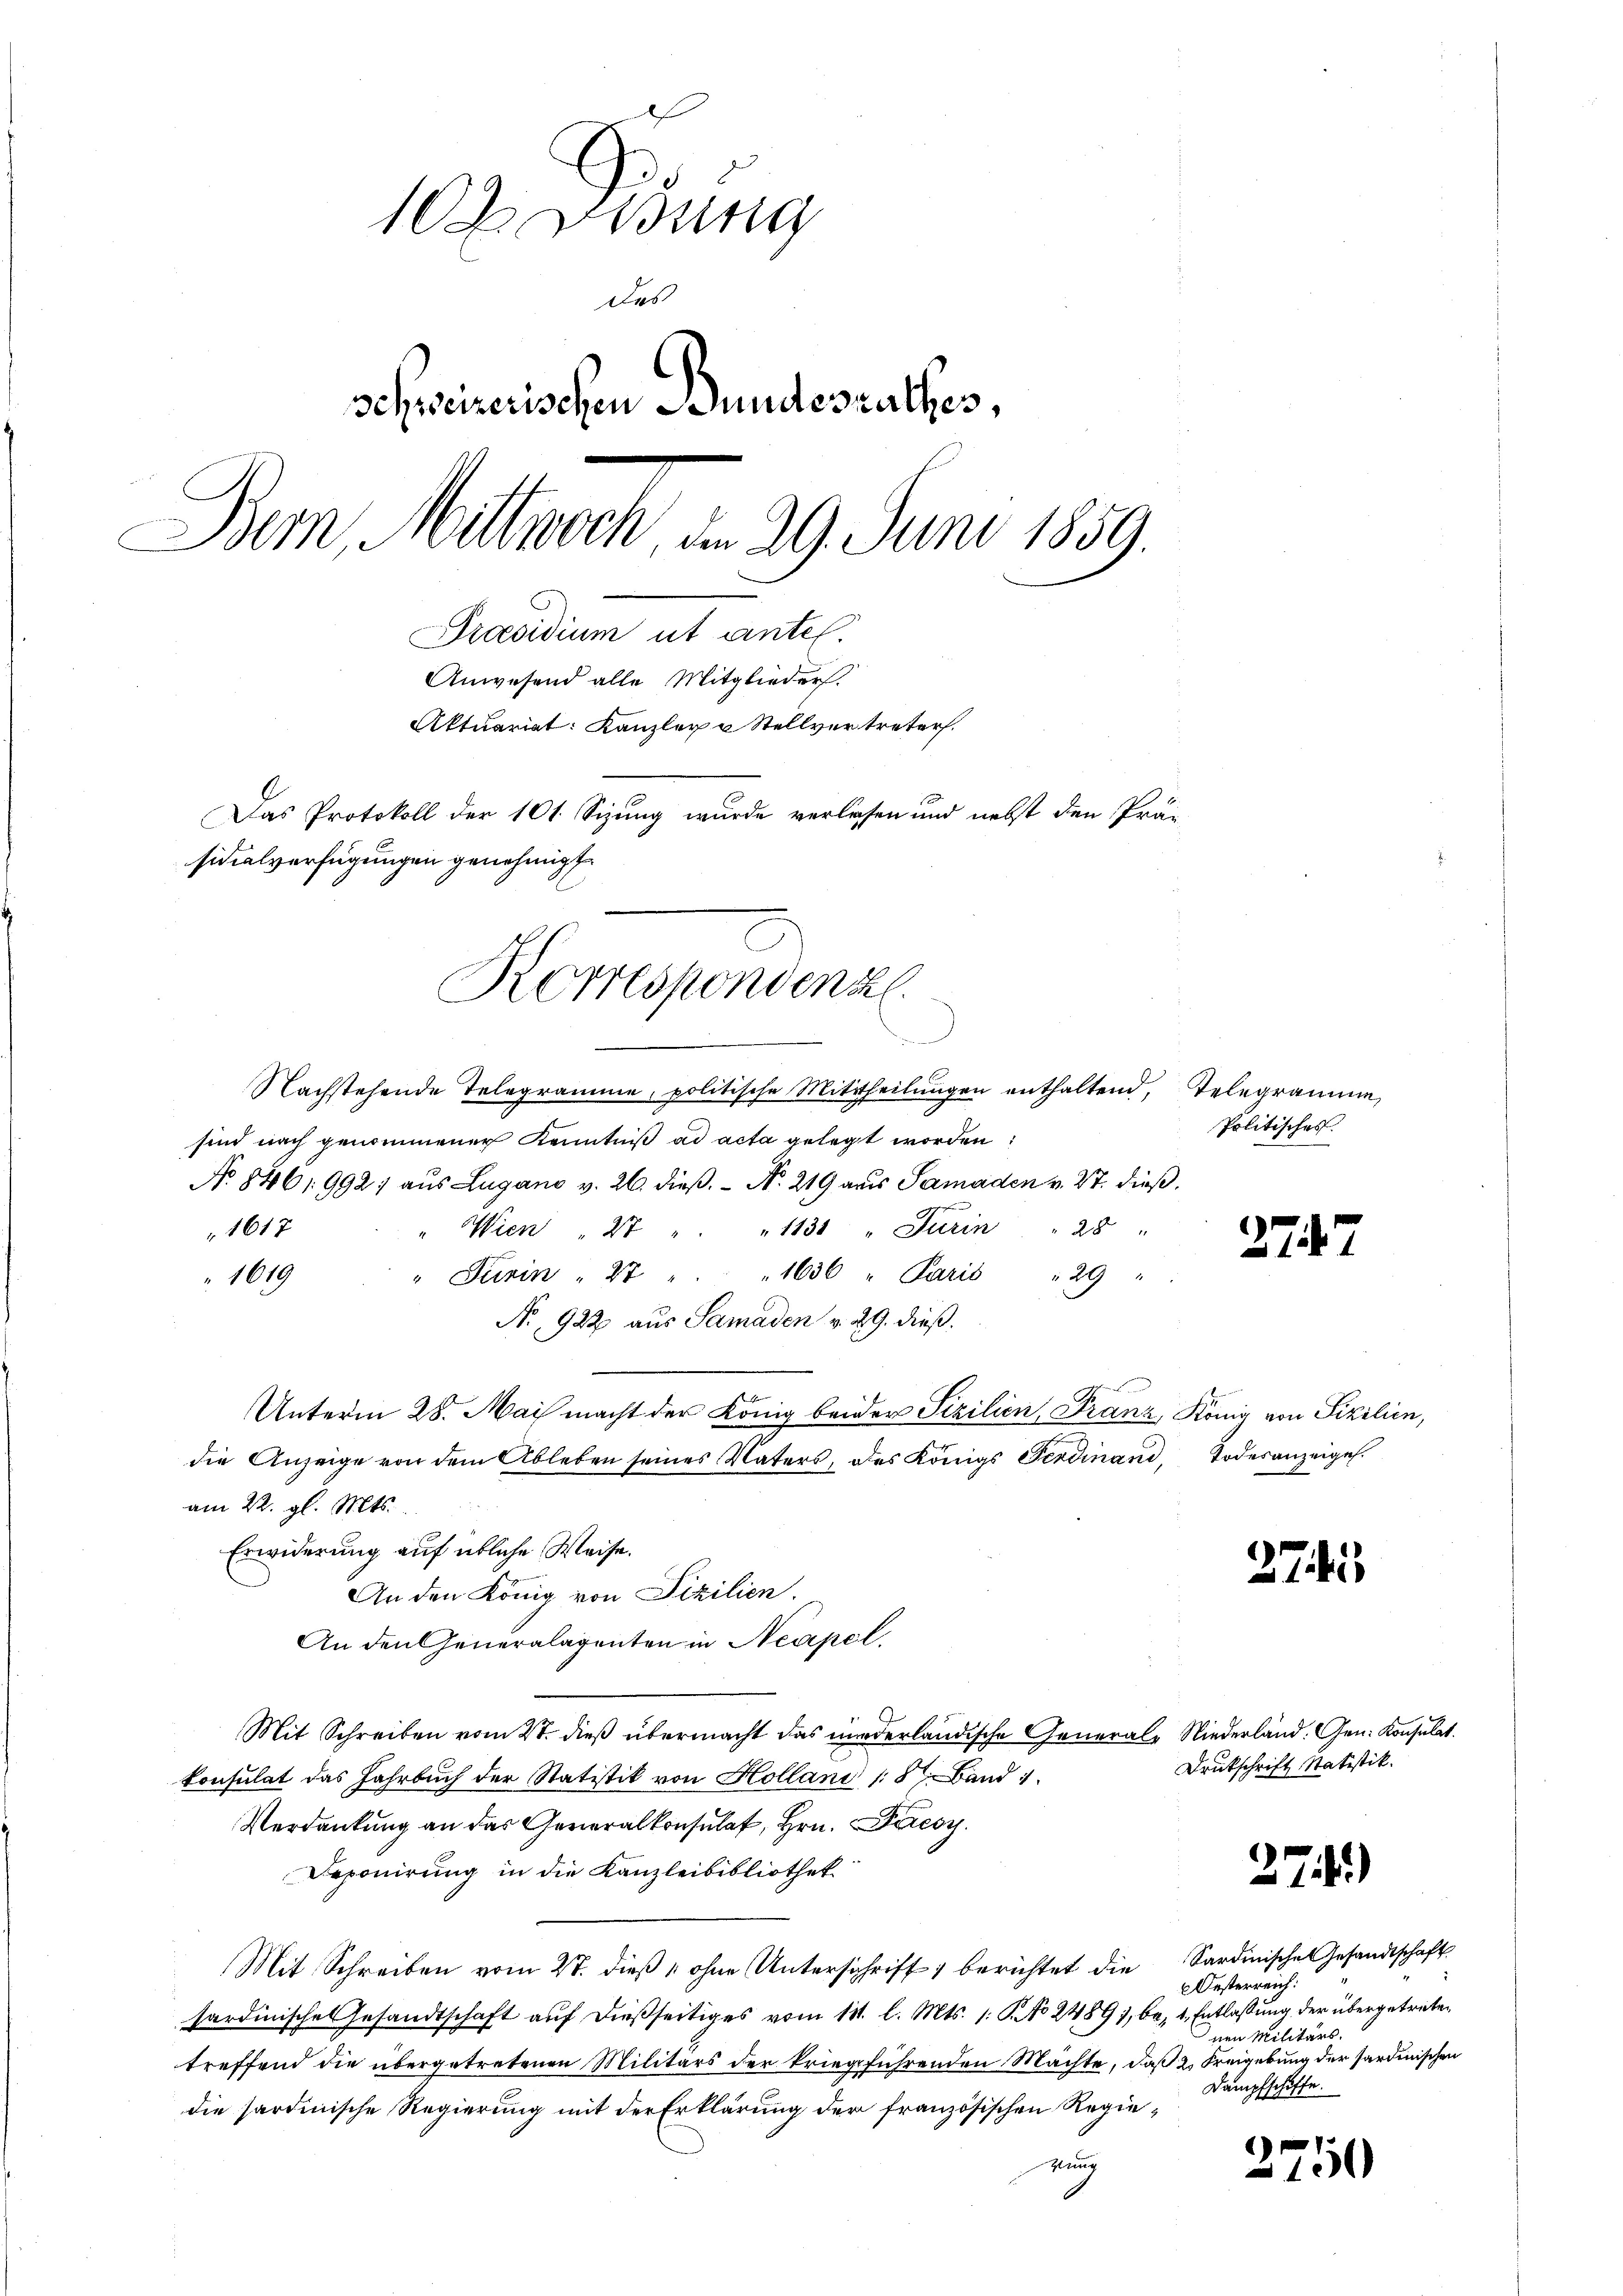
102. Disung
Das
schweizerischen Stundesrathes,
Dem Mittwoch d. 29. Juni 1859.
Präsidium ut antel.
Anwesend alle Mitglieders.
Aktuariat: Kanzler u Stellvertreter.
Das Protokoll der 101. Sizung wurde verlesen und nebst den Prä-
sidialverfügungen genehmigt.

Nachstehende Telegramme, politische Mittheilŭngen enthaltend, Telegramme,
sind nach genommener Kenntniß ad acta gelegt worden:
No 846, 9921 aus Lugano v. 26. dieβ.  N. 219 aus Samaden v. St. dieß.
1617
" Wien " 27 " " 1131 " Turin " 28 "
" Turin " 2 " " 1636 " Paris 129 "
1619
No 922 aus Samaden v. 29. dieß.
Unterm 28. Mai macht der König beider Sizilien, Franz, König von Sizilien,
die Anzeige von dem Ableben seines Vaters, des Königs Ferdinand, Todesanzeigel.
am 22. gl. Mts.
Erwiderung auf übliche Weise.
An den König von Fizilien.
An den Generalagenten in Neapel,
Mit Schreiben vom 2t. dieß übermacht das niederländische Generale Niederland. Gen. Konsulat
konsulat das Jahrbuch der Statistik von Hollani (8 Band 1
Verdankung an das Generalkonsulat, Hrn. Parcsy
Deponirung in die Kanzleibibliothek
Mit Schreiben vom 2t. dieß, ohne Unterschrift berichtet die Sardinische Gesandtschaft
sardinische Gesandtschaft auf dießseitiges vom 11. l. Mts. 1. 9. No 2489), ba, 1. Entlassung der übergetreten
treffend die übergetretenen Militärs der kriegführenden Machte, daß 2. Freigebung der Sardinischen
die sardinische Regierung mit der Erklärung der französischen Regienung

Korresponden z
u

Politisches.

2747

)

3

2741

Drukschrift Statistik.

174)

750

Oesterreich:
 Militärs.
Dampfschiffe.